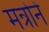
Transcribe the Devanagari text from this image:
मन्रोने